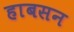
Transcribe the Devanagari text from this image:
हाबसन